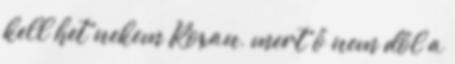
kell het nekem Roxan, mert ő nem dől a